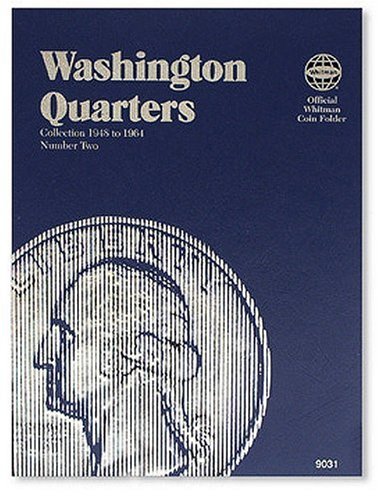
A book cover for Washington Quarter Folder 1948-1964 (Official Whitman Coin Folder); Whitman; Crafts, Hobbies & Home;